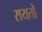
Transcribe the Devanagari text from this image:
रायतो